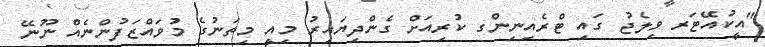
"އީކުއޭޓަރ ވިލެޖު ގައި ޓްރެއިނިންގ ކުރިއަށް ގެންދިޔައިރު މިއީ މިތަނުގެ މުވައްޒަފުންނެއް ނޫނޭ